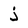
Character: j